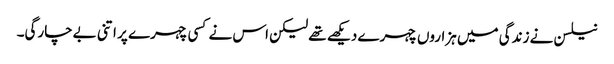
نیلسن نے زندگی میں ہزاروں چہرے دیکھے تھے لیکن اس نے کسی چہرے پر اتنی بےچارگی۔